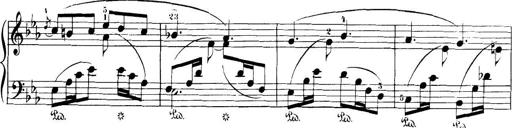
Title: 32 Sonatinas and Rondos for the Piano
Composer: Richard Kleinmichel